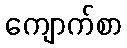
ကျောက်စာ